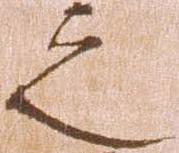
之